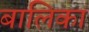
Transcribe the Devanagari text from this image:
बालिका